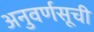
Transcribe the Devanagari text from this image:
अनुवर्णसूची